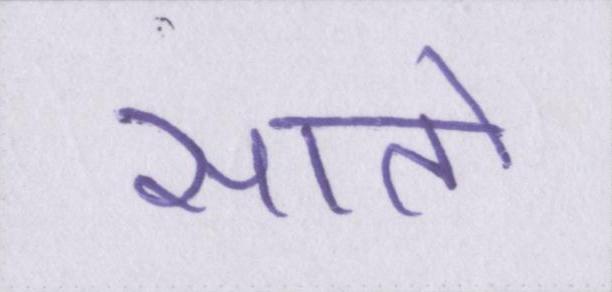
सातो